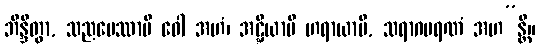
ဘိန္ဒိတွာ, သညပေဿာမိ ဝေါ အဟံ၊ အဋ္ဋိယာမိ ဟရာယာမိ, သရာဂမရဏံ အဟ”န္တိ။